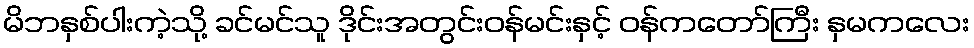
မိဘနှစ်ပါးကဲ့သို့ ခင်မင်သူ ဒိုင်းအတွင်းဝန်မင်းနှင့် ဝန်ကတော်ကြီး နှမကလေး